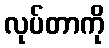
လုပ်တာကို